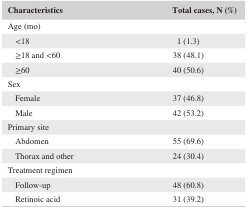
| Characteristics | Total cases, N (%) |
 | --- | --- |
 | <COLSPAN=2> Age (mo) |
 | <18 | 1 (1.3) |
 | ≥18 and <60 | 38 (48.1) |
 | ≥60 | 40 (50.6) |
 | <COLSPAN=2> Sex |
 | Female | 37 (46.8) |
 | Male | 42 (53.2) |
 | <COLSPAN=2> Primary site |
 | Abdomen | 55 (69.6) |
 | Thorax and other | 24 (30.4) |
 | <COLSPAN=2> Treatment regimen |
 | Follow‐up | 48 (60.8) |
 | Retinoic acid | 31 (39.2) |